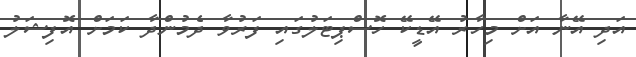
އަދި އޭނާ އަށް މިހާރު އޭޑީކޭ ހޮސްޕިޓަލުގައި ފަރުވާ ދެމުންދާ ކަމަށް އޮފިޝަލު